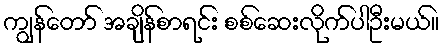
ကျွန်တော် အချိန်စာရင်း စစ်ဆေးလိုက်ပါဦးမယ်။